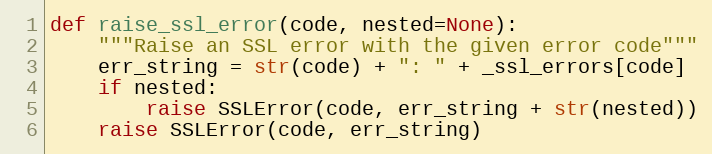
Language: Python
def raise_ssl_error(code, nested=None):
    """Raise an SSL error with the given error code"""
    err_string = str(code) + ": " + _ssl_errors[code]
    if nested:
        raise SSLError(code, err_string + str(nested))
    raise SSLError(code, err_string)